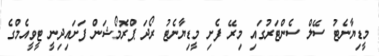
މީޑިޔާނެޓު ސޭލް ސެންޓަރުގައި މިރޭ ފެށި މީޑިޔާނެޓު ރޯދަ ޕްރޮމޯޝަން ފަށައިދިނީ ޓީވީއެމްގެ